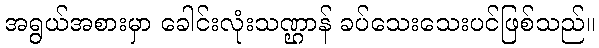
အရွယ်အစားမှာ ခေါင်းလုံးသဏ္ဌာန် ခပ်သေးသေးပင်ဖြစ်သည်။